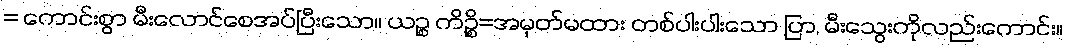
= ကောင်းစွာ မီးလောင်စေအပ်ပြီးသော။ ယဉ္စ ကိဉ္စိ=အမှတ်မထား တစ်ပါးပါးသော ပြာ, မီးသွေးကိုလည်းကောင်း။